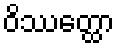
ဝိဿတ္ထော